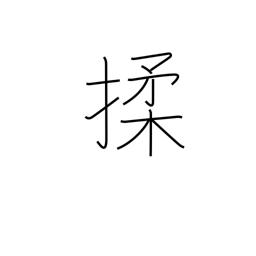
Meaning: massage